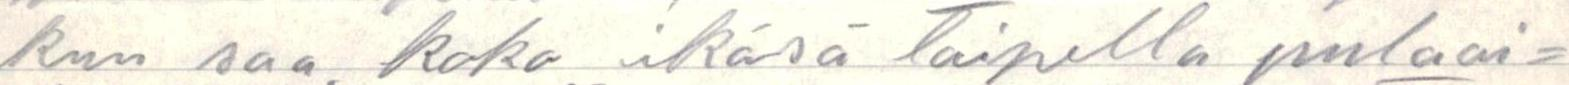
kun saa koko ikänsä taipella pulaai=